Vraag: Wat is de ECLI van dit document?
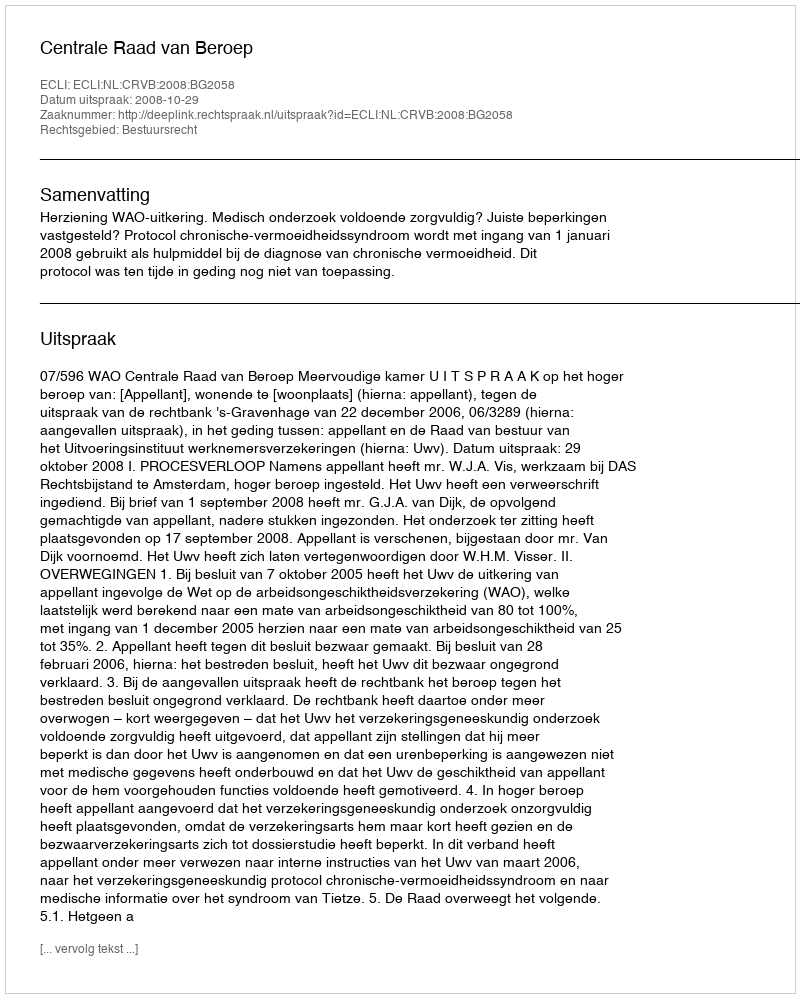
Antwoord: ECLI:NL:CRVB:2008:BG2058